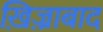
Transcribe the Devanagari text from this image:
ख़िज़्राबाद